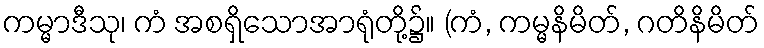
ကမ္မာဒီသု၊ ကံ အစရှိသောအာရုံတို့၌။ (ကံ, ကမ္မနိမိတ်, ဂတိနိမိတ်